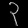
Digit: ၃